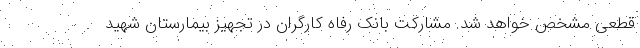
قطعی مشخص خواهد شد. مشارکت بانک رفاه کارگران در تجهیز بیمارستان شهید